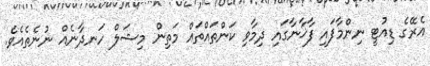
އެރޭގެ ޑިއުޓީ ނިންމާފައި ފާޚާނާގައި ދިމާވި ކަންތައްތައް މަތިން މިޝަލް ހަނދާނެއް ނުނެތެއެވެ.